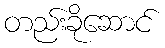
တည်းခိုဆောင်